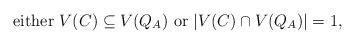
LaTeX: \begin{align*}\mbox{either $V(C)\subseteq V(Q_{A})$ or $|V(C)\cap V(Q_{A})|=1$,}\end{align*}